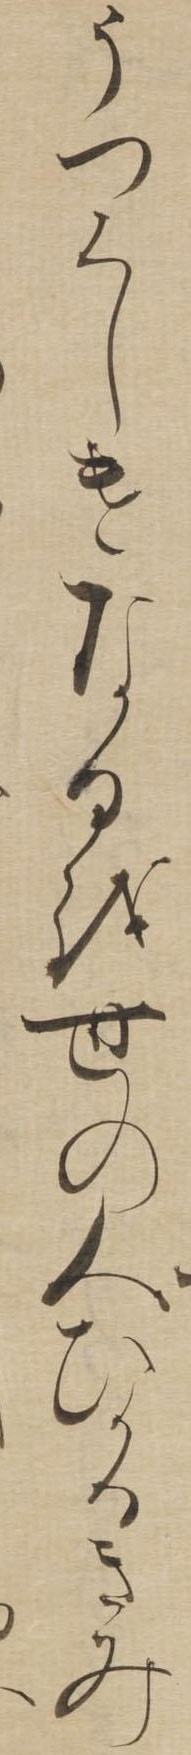
うつくしけなるを世の人ひかるきみ